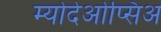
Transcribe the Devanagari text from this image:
म्योदेओप्सिअ